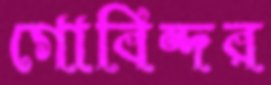
গোবিন্দর